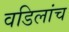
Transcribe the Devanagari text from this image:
वडिलांच